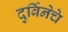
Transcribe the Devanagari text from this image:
दुर्बिनेचे